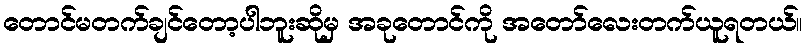
တောင်မတက်ချင်တော့ပါဘူးဆိုမှ အခုတောင်ကို အတော်လေးတက်ယူရတယ်။